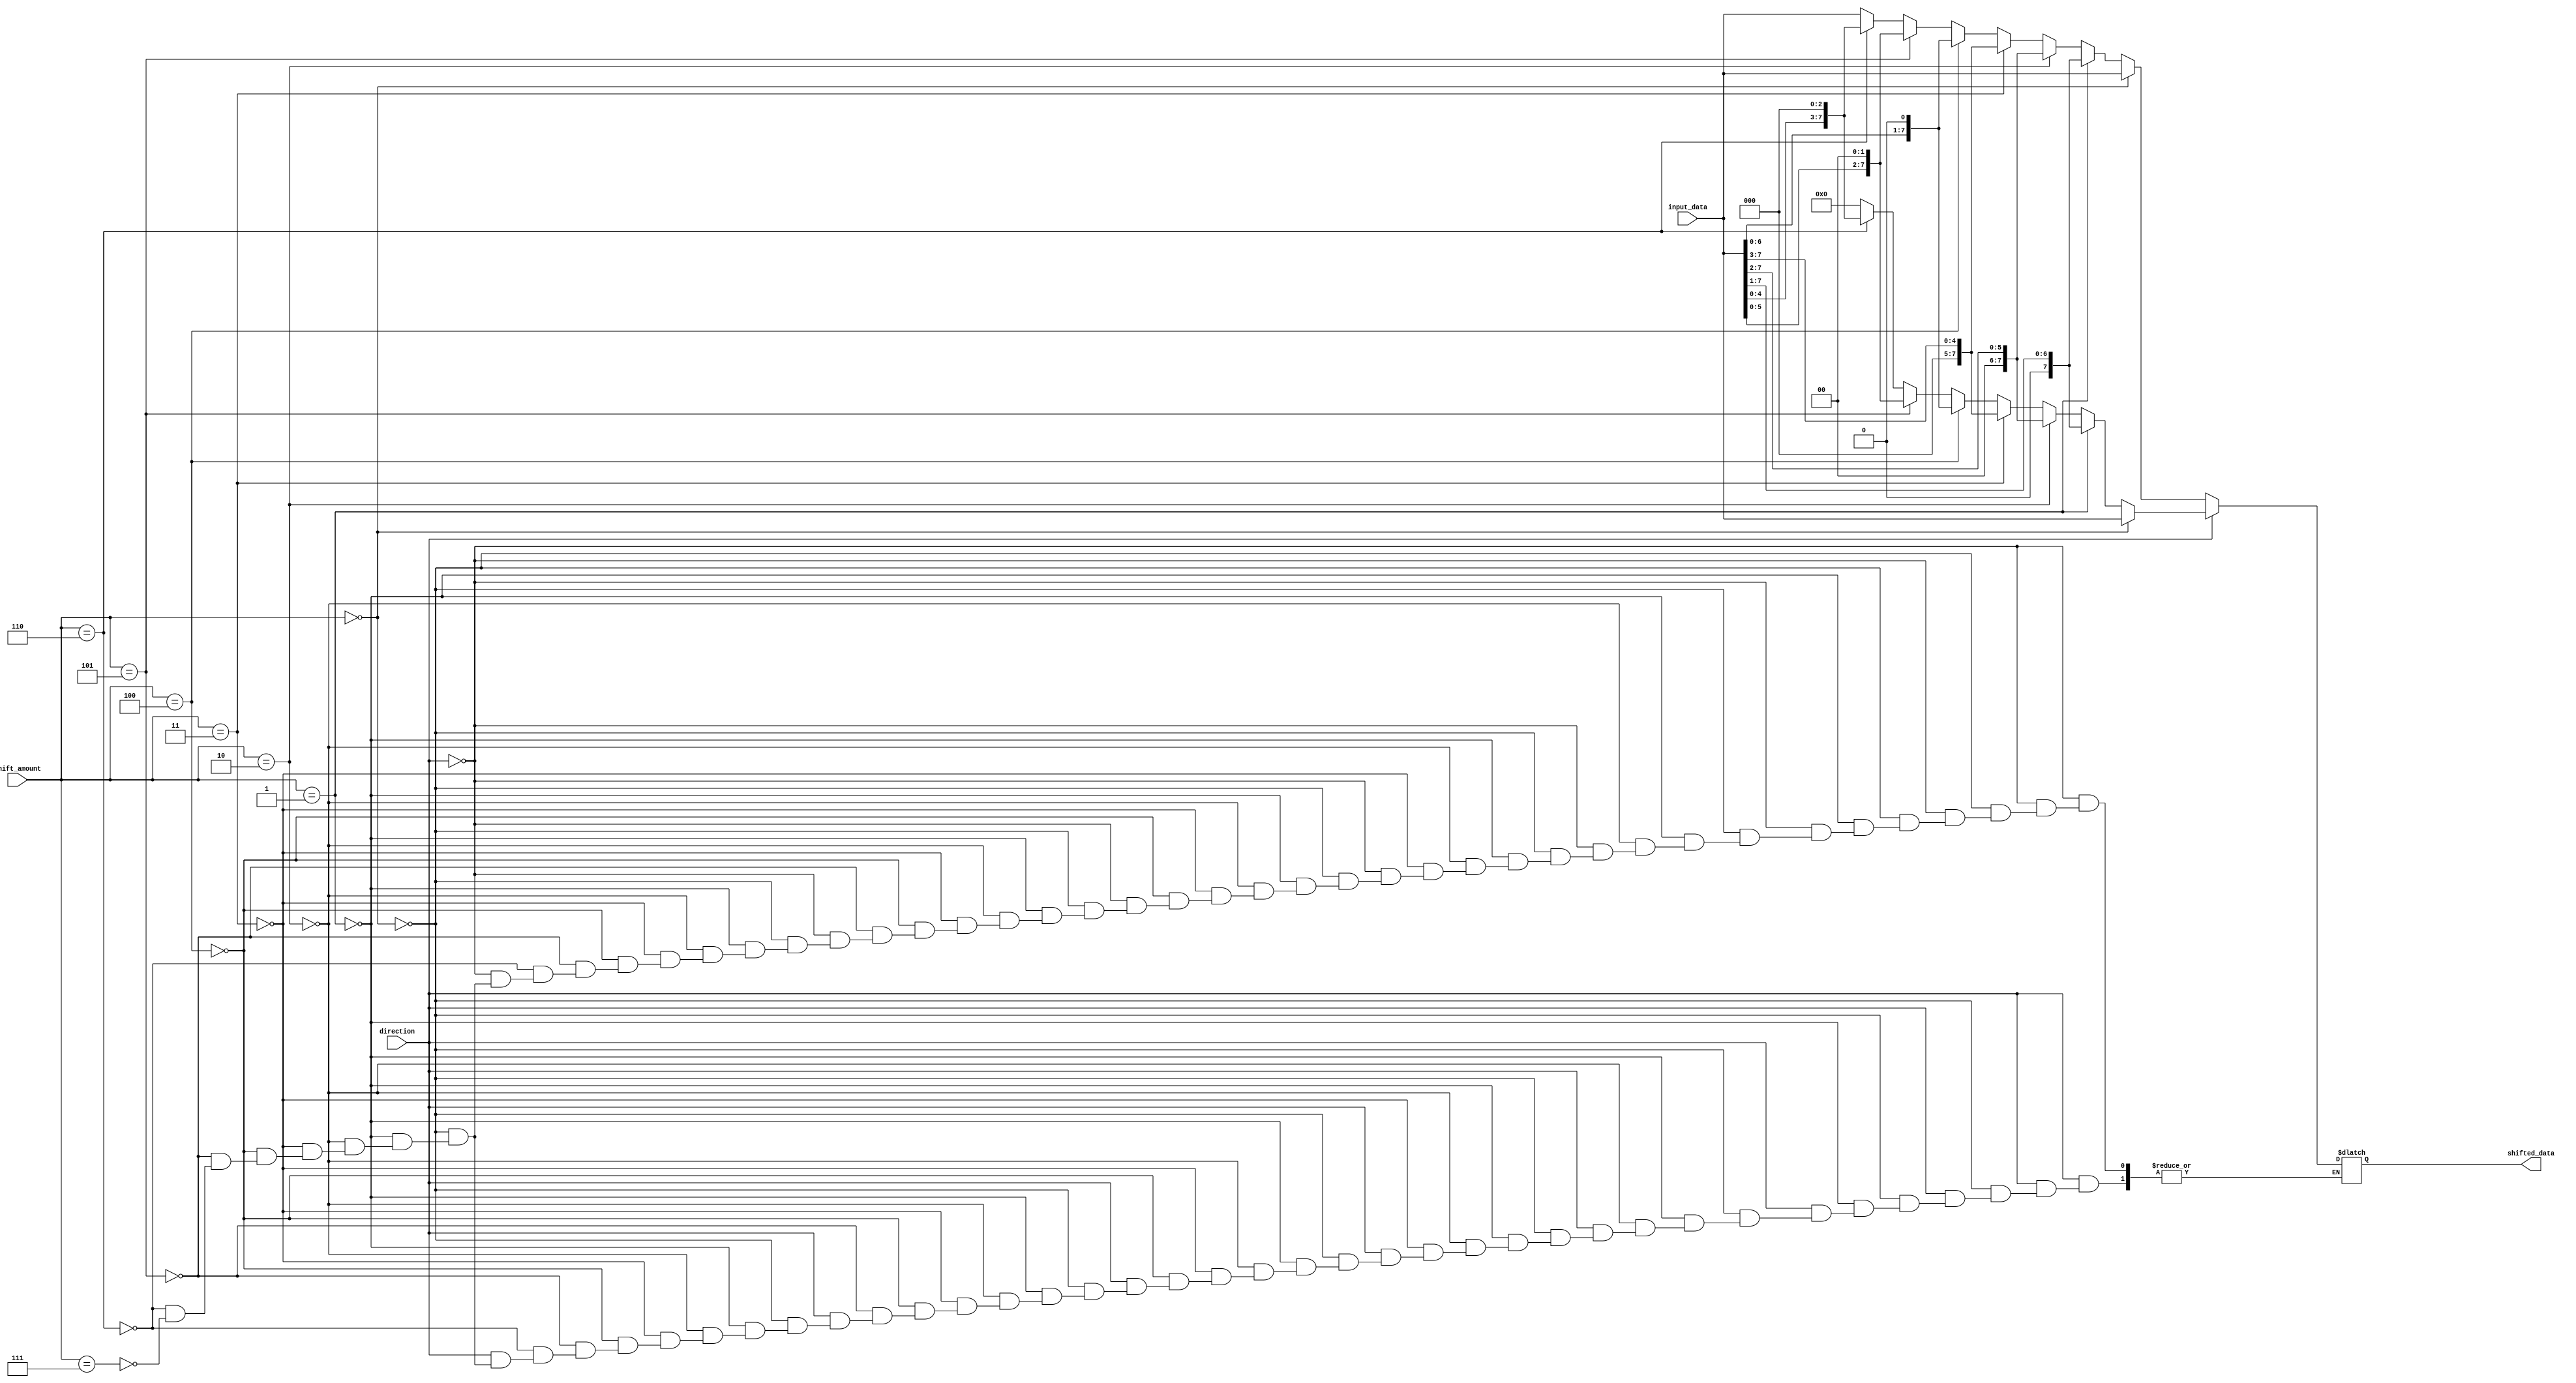
module Barrel_Shifter(
    input [7:0] input_data,
    input [2:0] shift_amount,
    input direction,
    output [7:0] shifted_data
);

reg [7:0] temp_data;

always @(*) begin
    if(direction) begin
        if(shift_amount == 3'b000)
            shifted_data = input_data;
        else if(shift_amount == 3'b001)
            shifted_data = input_data >> 1;
        else if(shift_amount == 3'b010)
            shifted_data = input_data >> 2;
        else if(shift_amount == 3'b011)
            shifted_data = input_data >> 3;
        else if(shift_amount == 3'b100)
            shifted_data = input_data << 1;
        else if(shift_amount == 3'b101)
            shifted_data = input_data << 2;
        else if(shift_amount == 3'b110)
            shifted_data = input_data << 3;
        else if(shift_amount == 3'b111)
            shifted_data = 8'b00000000;
    end else begin
        if(shift_amount == 3'b000)
            shifted_data = input_data;
        else if(shift_amount == 3'b001)
            shifted_data = $signed({1'b0, input_data[7:1]});
        else if(shift_amount == 3'b010)
            shifted_data = $signed({2'b00, input_data[7:2]});
        else if(shift_amount == 3'b011)
            shifted_data = $signed({3'b000, input_data[7:3]});
        else if(shift_amount == 3'b100)
            shifted_data = input_data << 1;
        else if(shift_amount == 3'b101)
            shifted_data = input_data << 2;
        else if(shift_amount == 3'b110)
            shifted_data = input_data << 3;
        else if(shift_amount == 3'b111)
            shifted_data = input_data;
    end
end

endmodule